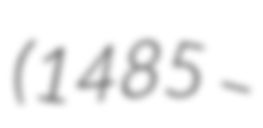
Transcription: (1485 –